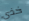
خذى